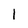
Character: 1